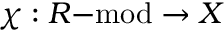
\chi : R { \mathrm { - m o d } } \to X